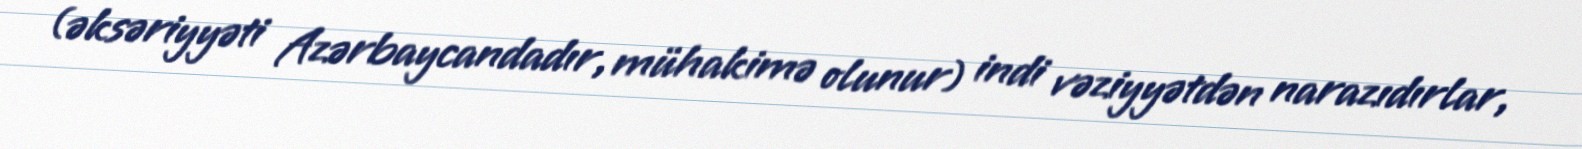
(əksəriyyəti Azərbaycandadır, mühakimə olunur) indi vəziyyətdən narazıdırlar,